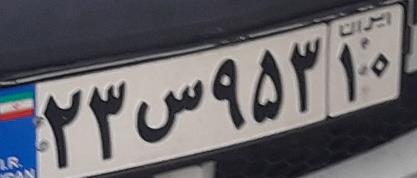
۲۳س۹۵۳۱۰